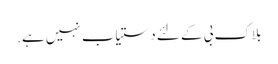
بلاک بی کے لئے دستیاب نہیں ہے.